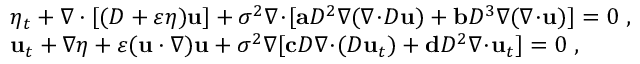
\begin{array} { r l } & { \eta _ { t } + \nabla \cdot [ ( D + \varepsilon \eta ) \mathbf { u } ] + \sigma ^ { 2 } \nabla \! \cdot \! [ \mathbf { a } D ^ { 2 } \nabla ( \nabla \! \cdot \! D \mathbf { u } ) + \mathbf { b } D ^ { 3 } \nabla ( \nabla \! \cdot \! \mathbf { u } ) ] = 0 \ , } \\ & { \mathbf { u } _ { t } + \nabla \eta + \varepsilon ( \mathbf { u } \cdot \nabla ) \mathbf { u } + \sigma ^ { 2 } \nabla [ \mathbf { c } D \nabla \! \cdot \! ( D \mathbf { u } _ { t } ) + \mathbf { d } D ^ { 2 } \nabla \! \cdot \! \mathbf { u } _ { t } ] = 0 \ , } \end{array}